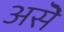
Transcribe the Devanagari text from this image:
असॆे